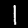
Label: 1